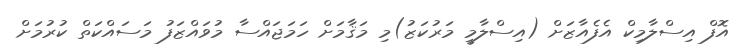
އޮފް އިސްލާމިކް އެފެއާޒަށް (އިސްލާމީ މަރުކަޒު)މި މަޤާމަށް ހަމަޖައްސާ މުވައްޒަފު މަސައްކަތް ކުރުމަށް